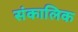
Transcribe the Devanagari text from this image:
संकालिक